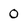
Character: 0